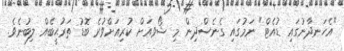
"އެހަނދާނުގައި ޑުއެޓް" ނަމުގައި ގެނެސްދިން މި ޝޯވއަށް ކުރިއަށްވުރެ ބޮޑު ތަރުޙީބެއް ލިބުނެވެ.